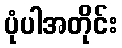
ပုံပါအတိုင်း